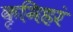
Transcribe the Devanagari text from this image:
कृमिहरं